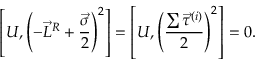
\left[ U , \left( - \vec { L } ^ { R } + \frac { \vec { \sigma } } { 2 } \right) ^ { 2 } \right] = \left[ U , \left( \frac { \sum \vec { \tau } ^ { ( i ) } } { 2 } \right) ^ { 2 } \right] = 0 .